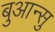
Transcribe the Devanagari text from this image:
बुआन्सु